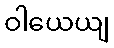
ဝါယေယျ